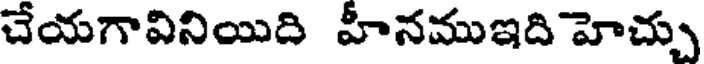
చేయగావినియిది హీనముఇది హెచ్చు